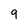
Character: 9